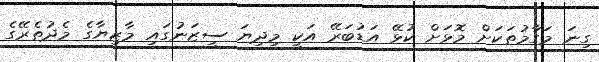
ގިނަ މަގާމުތަކަށް މޮޅަށް ކުޅޭ އަޑުބަރޭ އަކީ މިދިޔަ ސީޒަނުގައި މާޒިޔާގެ މެދުތެރޭގެ